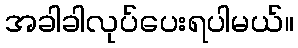
အခါခါလုပ်ပေးရပါမယ်။